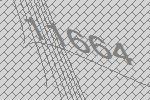
11664